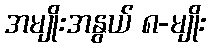
အမျိုးအနွယ် ၈-မျိုး